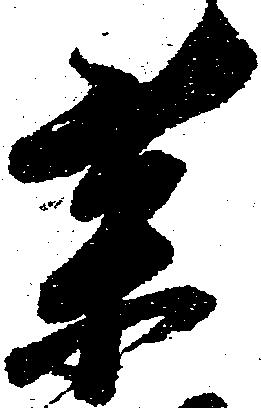
薬